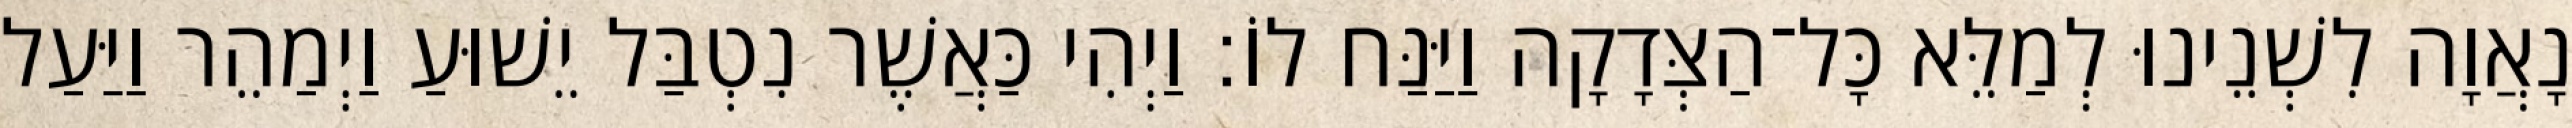
נָאֲוָה לִשְׁנֵינוּ לְמַלֵּא כָּל־הַצְּדָקָה וַיַּנַּח לוֹ׃ וַיְהִי כַּאֲשֶׁר נִטְבַּל יֵשׁוּעַ וַיְמַהֵר וַיַּעַל